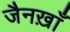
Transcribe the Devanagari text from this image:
जैनख़ाँ